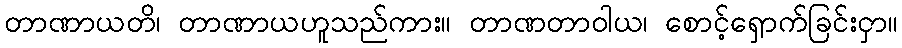
တာဏာယတိ၊ တာဏာယဟူသည်ကား။ တာဏတာဝါယ၊ စောင့်ရှောက်ခြင်းငှာ။